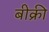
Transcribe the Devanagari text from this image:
बीक्री